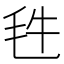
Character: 𣬳